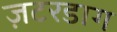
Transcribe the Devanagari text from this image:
ज़टरडाग